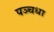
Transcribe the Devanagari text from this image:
पञ्चधा